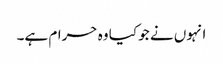
انہوں نے جو کیا وہ حرام ہے۔